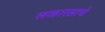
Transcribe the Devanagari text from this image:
लव्हारसाचे